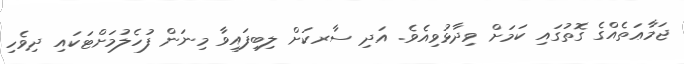
ޖަމާޢަތެއްގެ ގޮތުގައި ކަމަށް ވިދާޅުވިއެވެ. އަދި ސާރކަށް ލިބިފައިވާ މިނަން ފުހެލުމަށްޓަކައި ދިވެހި